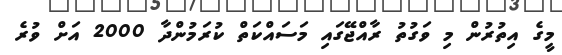
މީގެ އިތުރުން މި ވަގުތު ރާއްޖޭގައި މަސައްކަތް ކުރަމުންދާ 2000 އަށް ވުރެ